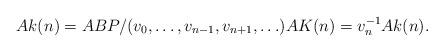
LaTeX: \begin{align*}Ak(n) = ABP/(v_0,\ldots,v_{n-1},v_{n+1},\ldots) AK(n) = v_n^{-1}Ak(n).\end{align*}